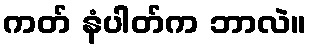
ကတ် နံပါတ်က ဘာလဲ။